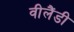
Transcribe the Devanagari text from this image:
वीलैंडी